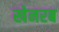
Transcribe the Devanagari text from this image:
खेनरब